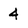
Character: 4